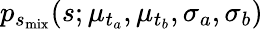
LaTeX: p_{s_{\mathrm{mix}}}(s;\mu_{t_{a}},\mu_{t_{b}},\sigma_{a},\sigma_{b})